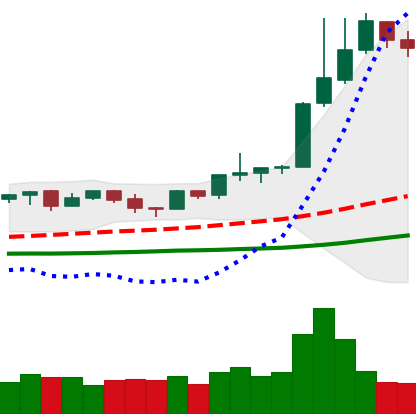
Ticker: NEO-USD
Chart end date: 2019-04-07
Forward return: -12.287%
Label: down_7plus